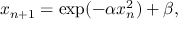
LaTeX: x _ { n + 1 } = \exp ( - \alpha x _ { n } ^ { 2 } ) + \beta ,